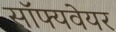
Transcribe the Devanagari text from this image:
सॉफ्यवेयर